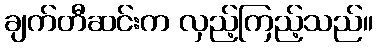
ချက်တီဆင်းက လှည့်ကြည့်သည်။